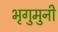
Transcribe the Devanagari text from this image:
भृगुमुनी